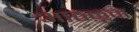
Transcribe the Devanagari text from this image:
आठळून